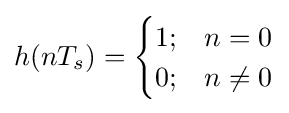
h(nT_{s})={\begin{cases}1;&n=0\\0;&n\neq 0\end{cases}}